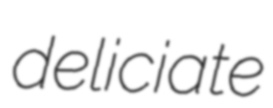
deliciate